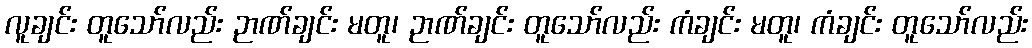
လူချင်း တူသော်လည်း ဉာဏ်ချင်း မတူ၊ ဉာဏ်ချင်း တူသော်လည်း ကံချင်း မတူ၊ ကံချင်း တူသော်လည်း